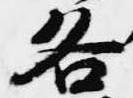
各